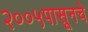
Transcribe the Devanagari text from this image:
२००५पासूनचे